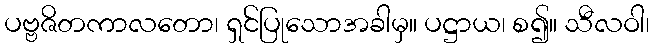
ပဗ္ဗဇိတကာလတော၊ ရှင်ပြုသောအခါမှ။ ပဋ္ဌာယ၊ စ၍။ သီလဝါ၊